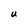
Character: U